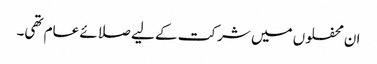
ان محفلوں میں شرکت کے لیے صلائے عام تھی۔